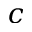
c